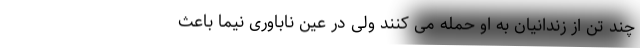
چند تن از زندانیان به او حمله می کنند ولی در عین ناباوری نیما باعث